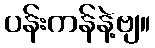
ပန်းကန်နဲ့ဗျ။